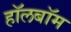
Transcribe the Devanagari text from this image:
हॉलबॉम